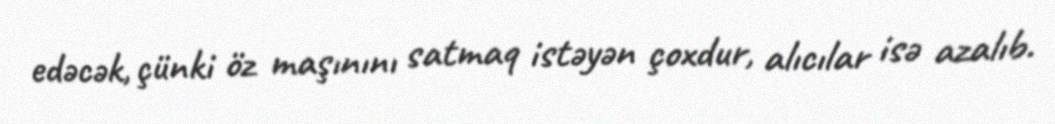
edəcək, çünki öz maşınını satmaq istəyən çoxdur, alıcılar isə azalıb.